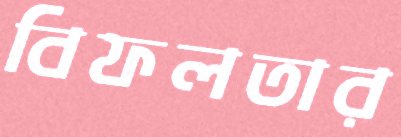
বিফলতার